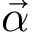
\vec { \alpha }